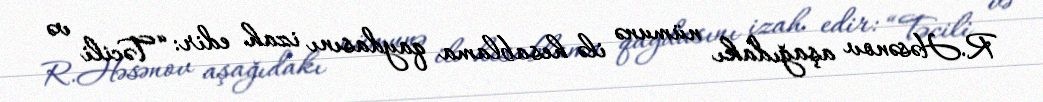
R.Həsənov aşağıdakı nümunə ilə hesablama qaydasını izah edir: “Təcili və